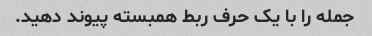
جمله را با یک حرف ربط همبسته پیوند دهید.